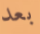
بعد